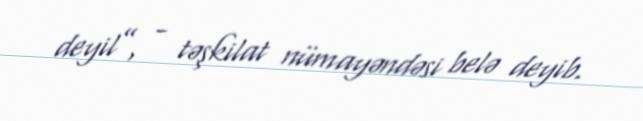
deyil”, - təşkilat nümayəndəsi belə deyib.